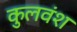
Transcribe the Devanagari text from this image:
कुलवंश